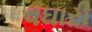
વઘારી